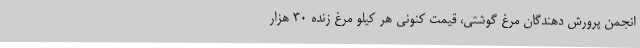
انجمن پرورش دهندگان مرغ گوشتی، قیمت کنونی هر کیلو مرغ زنده ۳۰ هزار